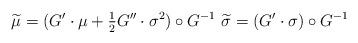
LaTeX: \begin{align*}\widetilde \mu=(G'\cdot \mu+\tfrac{1}{2}G''\cdot\sigma^2)\circ G^{-1} \, \, \widetilde\sigma=(G'\cdot\sigma)\circ G^{-1}\end{align*}